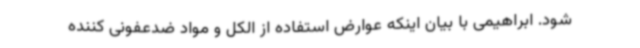
شود. ابراهیمی با بیان اینکه عوارض استفاده از الکل و مواد ضدعفونی کننده